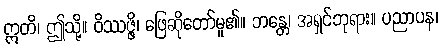
ဣတိ၊ ဤသို့။ ဝိဿဇ္ဇိ၊ ဖြေဆိုတော်မူ၏။ ဘန္တေ၊ အရှင်ဘုရား။ ပညာပန၊